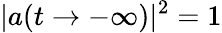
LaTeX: |a(t\rightarrow-\infty)|^{2}=1